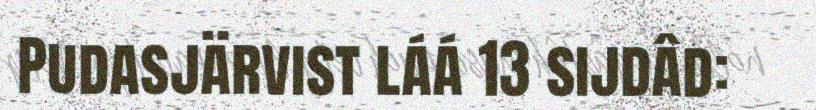
Pudasjärvist láá 13 sijdâd: